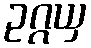
ဥဂ္ဂယှ